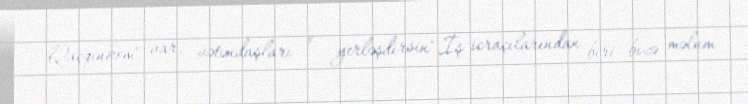
Qaçqınkom" var, vətəndaşları o yerləşdirsin".İş icraçılarından biri bizə məlum